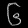
Digit: ၆